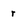
Character: r